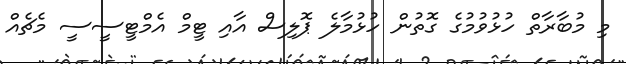
މި މުބާރާތް ހުޅުވުމުގެ ގޮތުން ހުޅުމާލެ ޕޮލިސް އާއި ޓީމް އެމްޓީސީސީ މެޗެއް